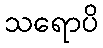
သရောပိ